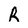
Character: R